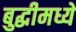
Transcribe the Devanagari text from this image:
बुद्धीमध्ये